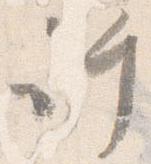
許